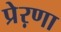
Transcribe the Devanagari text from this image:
प्रेऱणा